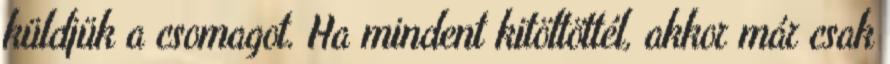
küldjük a csomagot. Ha mindent kitöltöttél, akkor már csak